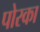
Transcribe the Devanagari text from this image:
पोरका